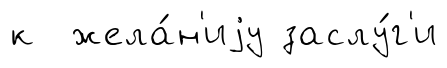
к жела́н'иjу заслу́г'и